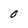
Character: O